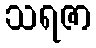
သရဇာ